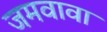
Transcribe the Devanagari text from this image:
जमवावा